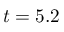
t = 5 . 2